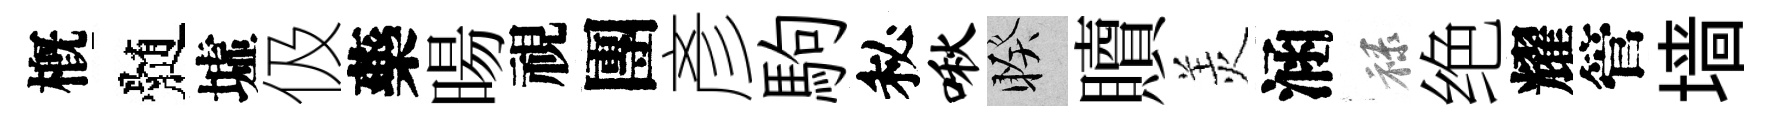
槪髄墟伋藥暘視團彥駒秘啾睽贖羙涵禄绝耀管墙